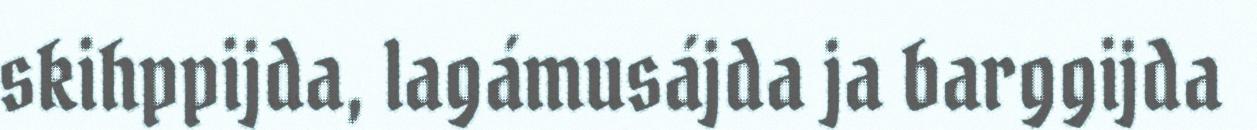
skihppijda, lagámusájda ja barggijda